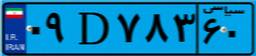
۴۷D۶۵۳۵۱